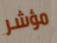
مؤشر